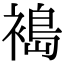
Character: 𫌈